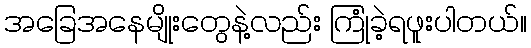
အခြေအနေမျိုးတွေနဲ့လည်း ကြုံခဲ့ရဖူးပါတယ်။